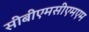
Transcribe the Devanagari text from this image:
सीबीएमसीएमएम